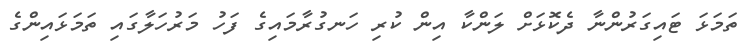
ތަމަޅަ ޓައިގަރުންނާ ދެކޮޅަށް ލަންކާ އިން ކުރި ހަނގުރާމައިގެ ފަހު މަރުހަލާގައި ތަމަޅައިންގެ